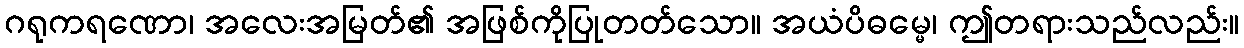
ဂရုကရဏော၊ အလေးအမြတ်၏ အဖြစ်ကိုပြုတတ်သော။ အယံပိဓမ္မေ၊ ဤတရားသည်လည်း။